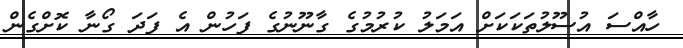
ހާއްސަ އުސޫލުތަކަކަށް އަމަލު ކުރުމުގެ ގާނޫނުގެ ފަހުން އެ ފަދަ ގޯނާ ކޮށްގެން